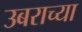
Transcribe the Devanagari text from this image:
उबराच्या